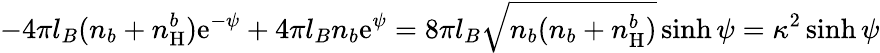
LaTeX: -4\pi l_{B}(n_{b}+n_{\mathrm{H}}^{b})\mathrm{e}^{-\psi}+4\pi l_{B}n_{b}\mathrm{e}^{\psi}=8\pi l_{B}\sqrt{n_{b}(n_{b}+n_{\mathrm{H}}^{b})}\sinh{\psi}=\kappa^{2}\sinh{\psi}